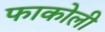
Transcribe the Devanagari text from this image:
फाकोली